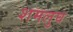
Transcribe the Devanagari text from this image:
शमलुघ